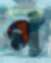
প